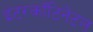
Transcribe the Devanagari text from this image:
इंटरकॉंटिनेंटल